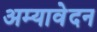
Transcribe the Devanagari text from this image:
अम्यावेदन